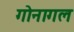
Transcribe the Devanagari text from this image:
गोनागल